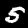
Label: 5